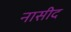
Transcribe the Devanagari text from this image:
नासीद